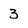
Character: 3